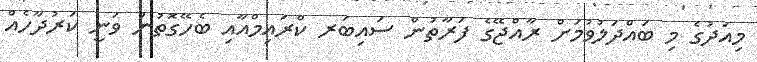
މިއަދުގެ މި ބައްދަލުވުމަށް ރާއްޖޭގެ ފަރާތުން ސައިބަރ ކްރައިމްއާއި ބެހޭގޮތުން ވަނީ ކަރުދާހެއް